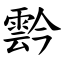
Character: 霒